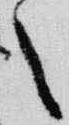
々